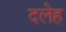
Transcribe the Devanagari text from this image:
दलेह